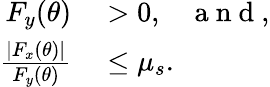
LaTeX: \begin{array}{rl}{F_{y}(\theta)}&{{}>0,\; \; \; \mathrm{~a~n~d~},}\\ {\frac{|F_{x}(\theta)|}{F_{y}(\theta)}}&{{}\leq\mu_{s}.}\end{array}